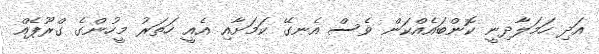
އަދި ހަމަލާދިނީ ކޮންބައެއްކަން ވެސް އެނގޭ ކަމަށާއި އެއީ ހަތަރު މީހުންގެ ގްރޫޕެއް